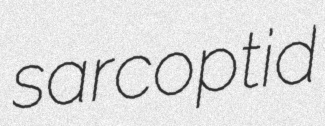
sarcoptid